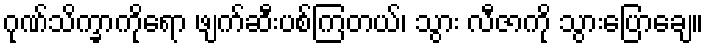
ဂုဏ်သိက္ခာကိုရော ဖျက်ဆီးပစ်ကြတယ်၊ သွား လီဇာကို သွားပြောချေ။